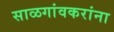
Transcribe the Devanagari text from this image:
साळगांवकरांना